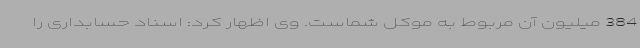
384 میلیون آن مربوط به موکل شماست. وی اظهار کرد: اسناد حسابداری را